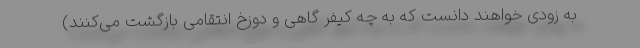
به زودی خواهند دانست که به چه کیفر گاهی و دوزخ انتقامی بازگشت می‌کنند)